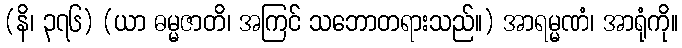
(နိ၊ ၃၇၆) (ယာ ဓမ္မဇာတိ၊ အကြင် သဘောတရားသည်။) အာရမ္မဏံ၊ အာရုံကို။